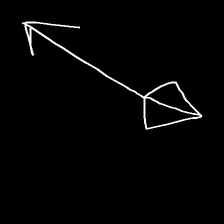
Glyph: focus